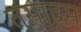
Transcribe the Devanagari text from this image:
तसादम